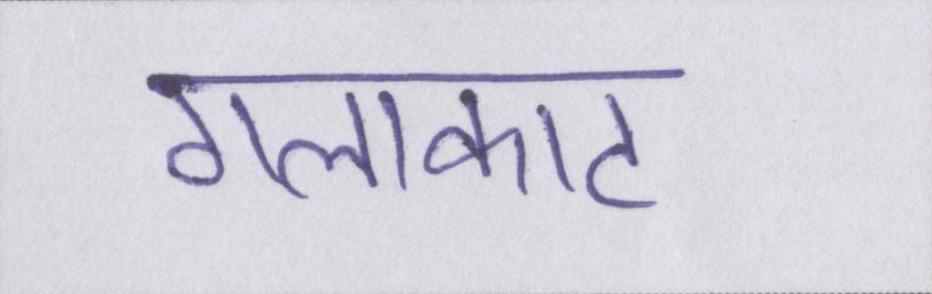
गलाकाट